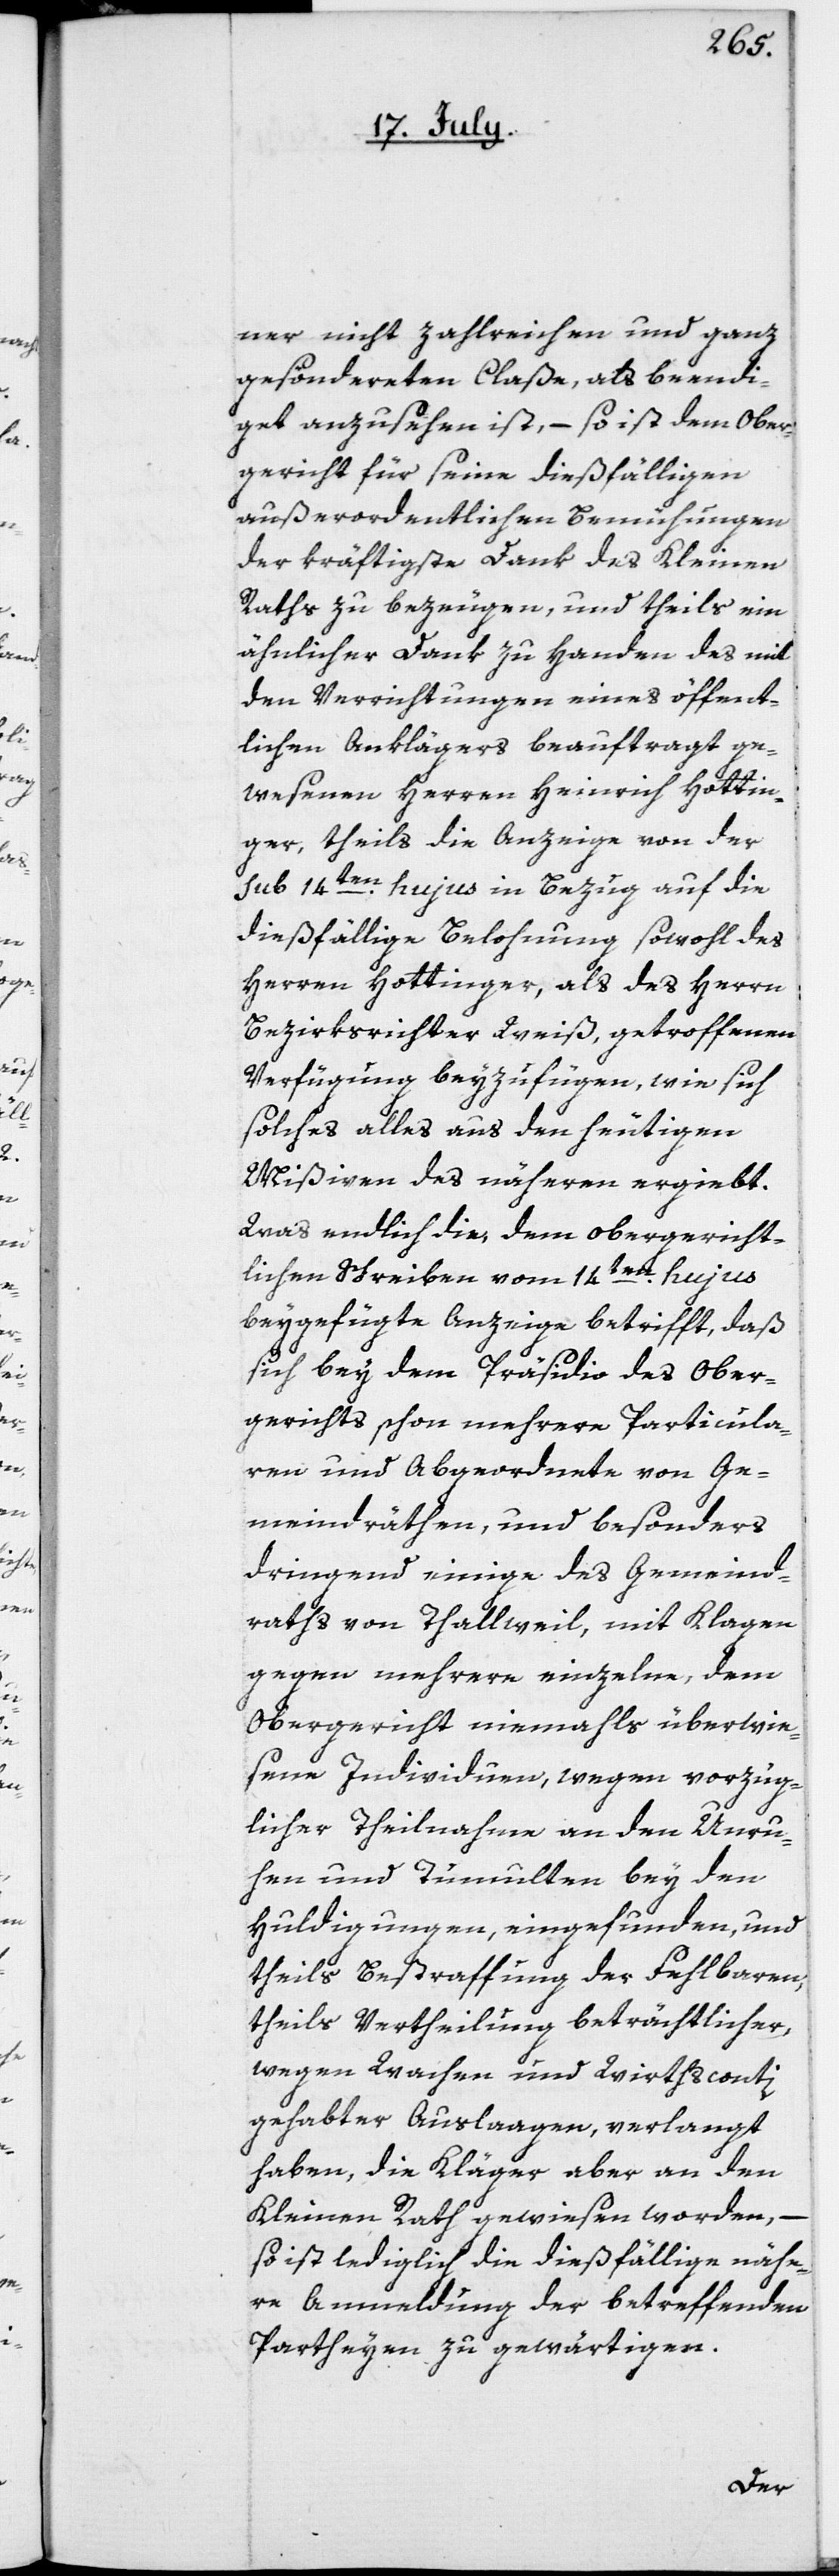
ner nicht zahlreichen und ganz
gesönderten Claße, als beendi¬
get anzusehen ist, – so ist dem Ober¬
gericht für seine dießfälligen
außerordentlichen Bemühungen
der kräftigste Dank des Kleinen
Raths zu bezeugen, und theils ein
ähnlicher Dank zu Handen des mit
den Verrichtungen eines öffent¬
lichen Anklägers beauftragt ge¬
wesenen Herren Heinrich Hottin¬
ger, theils die Anzeige von der
sub 14ten hujus in Bezug auf die
dießfällige Belohnung sowohl des
Herren Hottinger, als des Herrn
Bezirksrichter Weiß, getroffenen
Verfügung beyzufügen, wie sich
solches alles aus den heutigen
Mißiven des näheren ergiebt.
Was endlich die, dem obergericht¬
lichen Schreiben vom 14ten hujus
beygefügte Anzeige betrifft, daß
sich bey dem Präsidio des Ober¬
gerichts schon mehrere Particula¬
ren und Abgeordnete von Ge¬
meindräthen, und besonders
dringend einige des Gemeind¬
raths von Thalweil, mit Klagen
gegen mehrere einzelne, dem
Obergericht niemahls überwie¬
sene Individuen, wegen vorzüg¬
licher Theilnahme an den Unru¬
hen und Tumulten bey den
Huldigungen, eingefunden, und
theils Bestraffung der Fehlbaren,
theils Vertheilung beträchtlicher,
wegen Wachen und Wirthsconti
gehabter Auslaagen, verlangt
haben, die Kläger aber an den
Kleinen Rath gewiesen worden, –
so ist lediglich die dießfällige nähe¬
re Anmeldung der betreffenden
Partheyen zu gewärtigen.